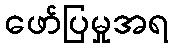
ဖော်ပြမှုအရ